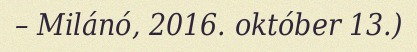
– Milánó, 2016. október 13.)